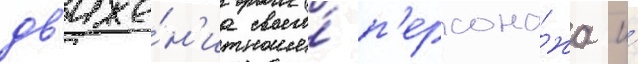
дв'иже́н'иа своего́ п'ерсона́жа и́